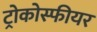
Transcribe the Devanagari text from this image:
ट्रोकोस्फीयर